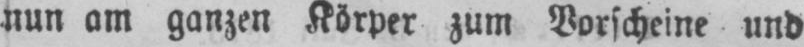
nun am ganzen Körper zum Vorscheine und